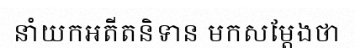
នាំយកអតីតនិទាន មកសម្តែងថា